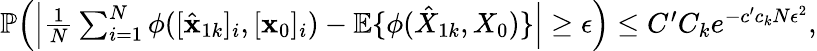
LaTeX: \begin{array}{r}{\mathbb{P}\Big(\Big|\frac{1}{N}\sum_{i=1}^{N}\phi([\hat{\mathbf{x}}_{1k}]_{i},[\mathbf{x}_{0}]_{i})-\mathbb{E}\{ \phi(\hat{X}_{1k},X_{0})\} \Big|\geq\epsilon\Big)\leq C^{\prime}C_{k}e^{-c^{\prime}c_{k}N\epsilon^{2}},}\end{array}